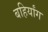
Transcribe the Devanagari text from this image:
बहिर्यांग